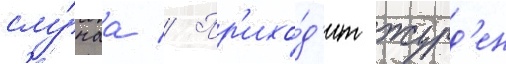
слу́чаа // Пр'ихо́д'ит журд'ен